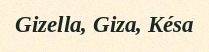
Gizella, Giza, Késa